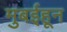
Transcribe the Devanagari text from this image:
मुबईहून